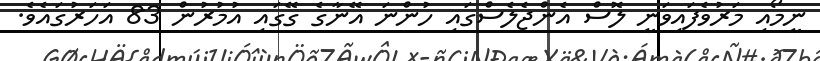
ނީމޯއި މަރުވެފައިވަނީ ލޮސް އެންޖެެލެސްގައި ހުންނަ އޭނާގެ ގޭގައި އުމުރުން 83 އަހަރުގައެވެ.